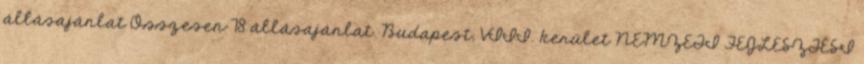
állásajánlat Összesen 78 állásajánlat. Budapest, VIII. kerület NEMZETI FEJLESZTÉSI